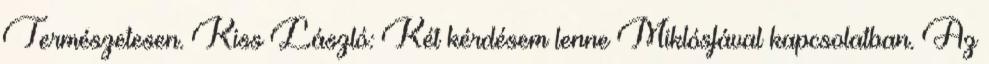
Természetesen. Kiss László: Két kérdésem lenne Miklósfával kapcsolatban. Az